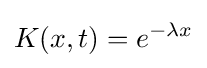
K(x,t)=e^{-\lambda x}